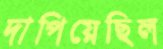
দাপিয়েছিল